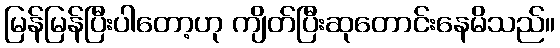
မြန်မြန်ပြီးပါတော့ဟု ကျိတ်ပြီးဆုတောင်းနေမိသည်။